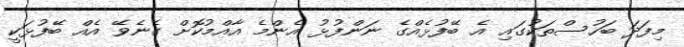
މިފަދަ ބަހުސްތަކުގައި އެ ބޭފުޅެއްގެ ނަންފުޅު އެންމެ އާއްމުކޮށް ގެނެވޭ އެއް ބޭފުޅަކީ